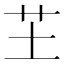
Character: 芏